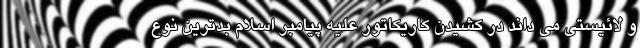
و لائیستی می داند در کشیدن کاریکاتور علیه پیامبر اسلام بدترین نوع